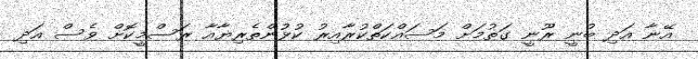
އޭނާ އަދި ބުނީ ރޫނީ ގަތުމަށް މަސައްކަތްކުރާއިރު ކުޅުންތެރިޔާއާ ރަސްމީކޮށް ވެސް އަދި